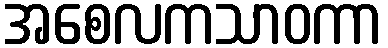
အစေလကသာဝကာ